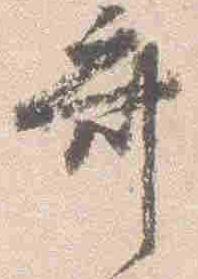
斎